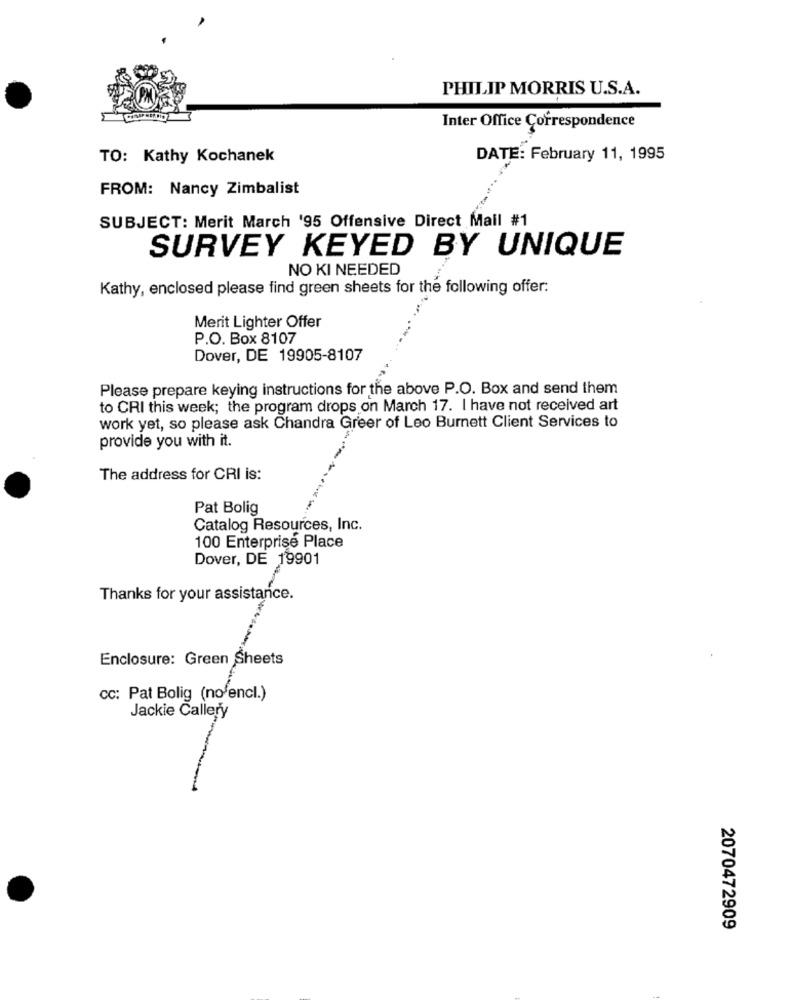
PHILIP MORRIS U.S.A.
Inter Office Correspondence
TO: Kathy Kochanek
DATE: February 11, 1995
FROM: Nancy Zimbalist
SUBJECT: Merit March '95 Offensive Direct Mail #1
SURVEY KEYED BY UNIQUE
NO KI NEEDED
Kathy, enclosed please find green sheets for the following offer:
Merit Lighter Offer
P.O. Box 8107
Dover, DE 19905-8107
Please prepare keying instructions for the above P.O. Box and send them
to CRI this week; the program drops on March 17. I have not received art
work yet, so please ask Chandra Greer of Leo Burnett Client Services to
provide you with it.
The address for CRI is:
Pat Bolig
Catalog Resources, Inc.
100 Enterprise Place
Dover, DE 19901
Thanks for your assistance.
Gren Set
cc: Pat Bolig (no'encl.)
Jackie Callery
2070472909